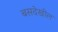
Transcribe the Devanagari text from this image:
बसदेखील